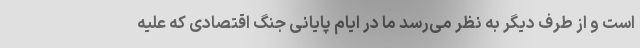
است و از طرف دیگر به نظر می‌رسد ما در ایام پایانی جنگ اقتصادی که علیه